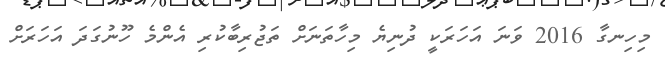
މިހިނގާ 2016 ވަނަ އަހަރަކީ ދުނިޔެ މިހާތަނަށް ތަޖުރިބާކުރި އެންމެ ހޫނުގަދަ އަހަރަށް